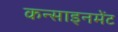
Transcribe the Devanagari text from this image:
कन्साइनमेंट